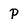
Character: P